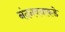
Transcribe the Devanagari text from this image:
नंदनवनाकडे